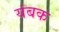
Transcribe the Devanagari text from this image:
यंबक